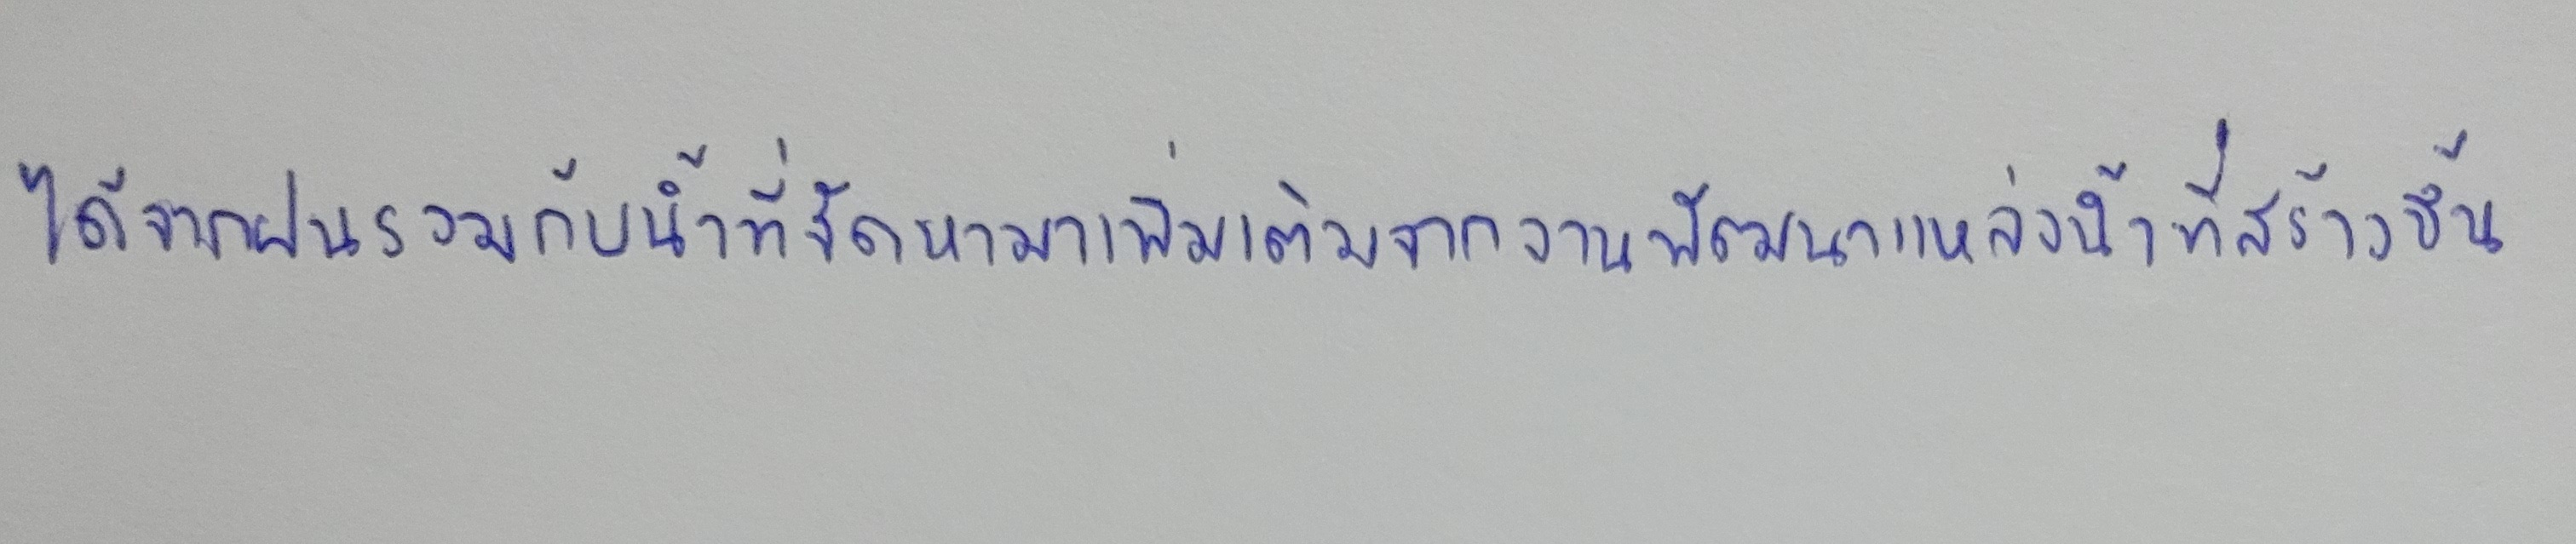
ได้จากฝนรวมกับน้ำที่จัดหามาเพิ่มเติมจากงานพัฒนาแหล่งน้ำที่สร้างขึ้น